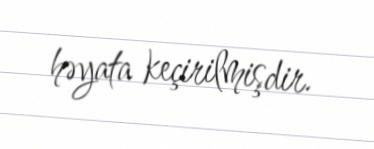
həyata keçirilmişdir.